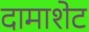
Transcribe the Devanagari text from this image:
दामाशेट